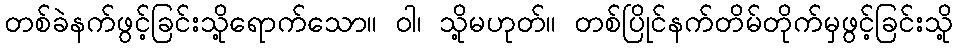
တစ်ခဲနက်ဖွင့်ခြင်းသို့ရောက်သော။ ဝါ၊ သို့မဟုတ်။ တစ်ပြိုင်နက်တိမ်တိုက်မှဖွင့်ခြင်းသို့